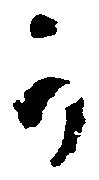
か